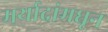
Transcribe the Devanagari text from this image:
मर्यादांमधून